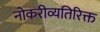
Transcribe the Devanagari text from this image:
नोकरीव्यतिरिक्त